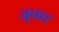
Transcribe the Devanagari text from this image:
जुवार